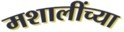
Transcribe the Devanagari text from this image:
मशालींच्या